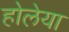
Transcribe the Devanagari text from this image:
होलेया